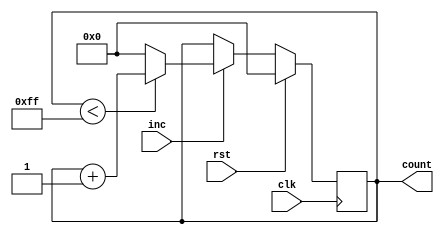
module IncrementalCounter #(
    parameter INITIAL_VALUE = 0,  // Initial value of the counter
    parameter MAX_VALUE = 255,     // Maximum value of the counter
    parameter COUNTER_WIDTH = 8    // Bit-width of the counter
)(
    input wire clk,                // Clock signal
    input wire rst,                // Reset signal (active high)
    input wire inc,                // Increment trigger signal
    output reg [COUNTER_WIDTH-1:0] count // Current count value
);

    // Always block for synchronous operations
    always @(posedge clk) begin
        if (rst) begin
            // Reset the counter to the initial value
            count <= INITIAL_VALUE;
        end else if (inc) begin
            // Increment the counter
            if (count < MAX_VALUE) begin
                count <= count + 1;
            end else begin
                // Wrap around to zero if maximum value is reached
                count <= 0;
            end
        end
    end

endmodule